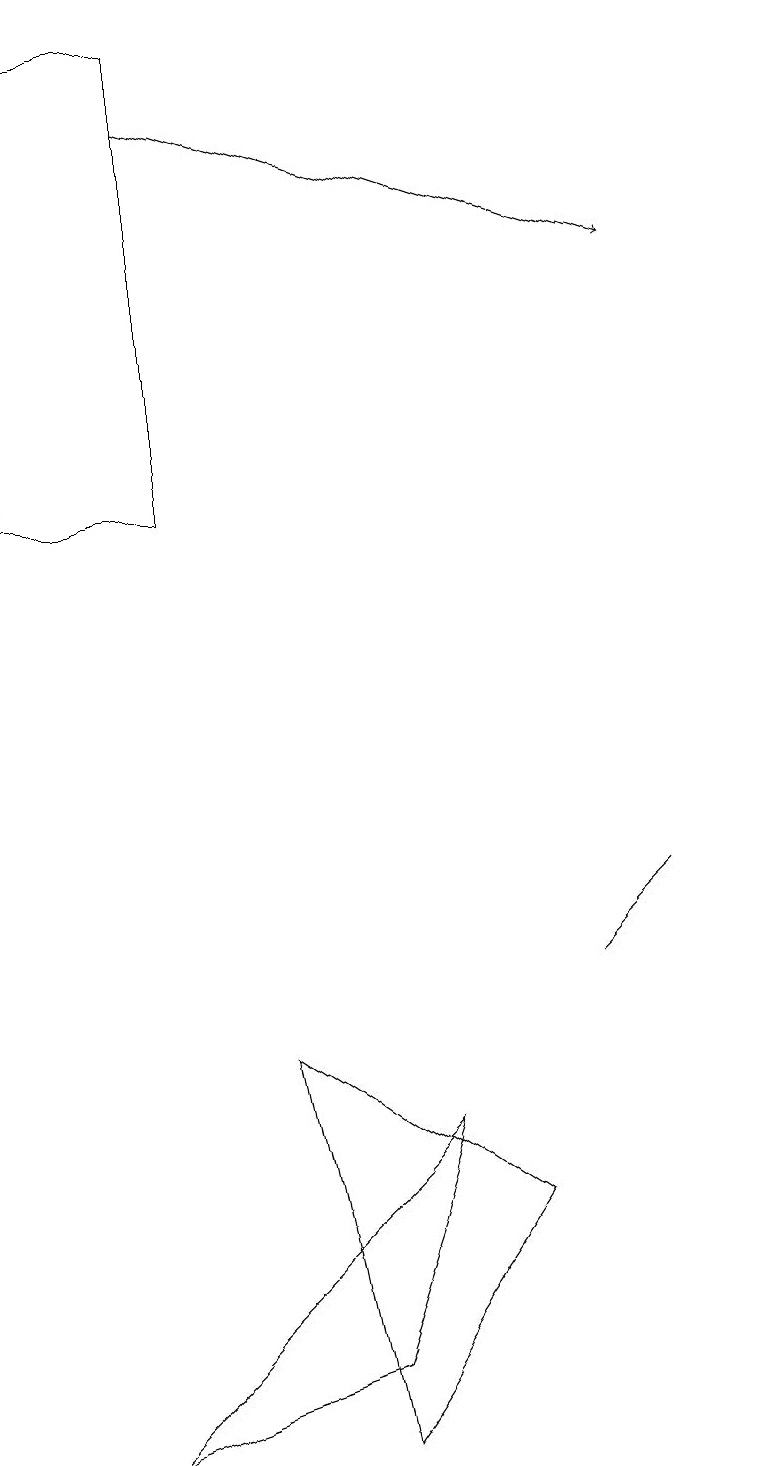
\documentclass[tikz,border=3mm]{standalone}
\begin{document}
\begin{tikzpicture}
\draw (6,4) -- (5,1) -- (2,0) -- cycle;
\draw[->] (3,17) -- (9,15);
\draw (9,7) -- (9,7) -- (8,6) -- cycle;
\draw (10,11) circle (0);
\draw (3,12) rectangle (1,18);
\draw (5,0) -- (4,5) -- (7,3) -- cycle;
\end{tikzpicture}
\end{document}